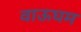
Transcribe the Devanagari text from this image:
वाऊघम